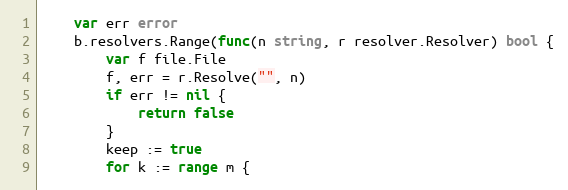
Language: Go
	var err error
	b.resolvers.Range(func(n string, r resolver.Resolver) bool {
		var f file.File
		f, err = r.Resolve("", n)
		if err != nil {
			return false
		}
		keep := true
		for k := range m {